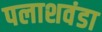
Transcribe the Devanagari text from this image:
पलाशवंडा